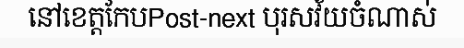
នៅខេត្តកែបPost-next បុរសវ័យចំណាស់